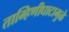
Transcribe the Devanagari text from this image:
ताम्हिणीघाटामुळे